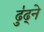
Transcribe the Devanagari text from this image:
ढु॑ढ्ने